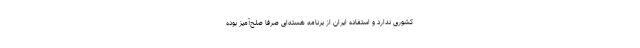
کشوری ندارد و استفاده ایران از برنامه هسته‌ای صرفا صلح‌آمیز بوده